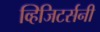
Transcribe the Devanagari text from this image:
व्हिजिटर्सनी